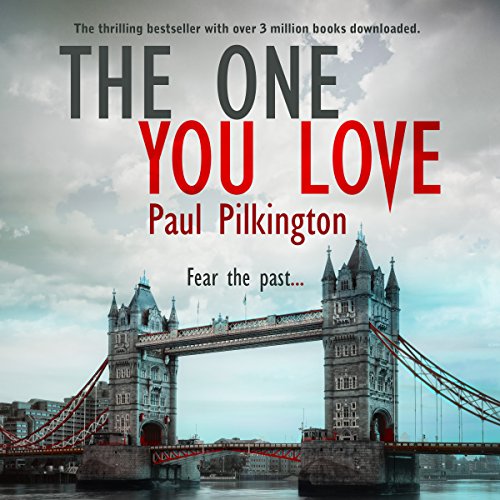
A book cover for The One You Love: Emma Holden Suspense Mystery, Book 1; Paul Pilkington; Romance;